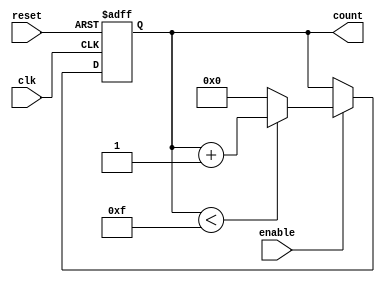
module binary_counter #(
    parameter N = 15  // Maximum count value (default is 15)
)(
    input wire clk,    // Clock signal
    input wire reset,  // Asynchronous reset signal
    input wire enable, // Enable signal
    output reg [n-1:0] count // Current count value
);
    // Calculate the number of bits required for the counter
    localparam n = $clog2(N + 1); // Number of bits for counting

    always @(posedge clk or posedge reset) begin
        if (reset) begin
            count <= 0; // Reset the count to 0
        end else if (enable) begin
            if (count < N) begin
                count <= count + 1; // Increment the count
            end else begin
                count <= 0; // Wrap around to 0
            end
        end
    end
endmodule